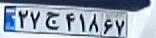
۲۷ج۴۱۸۶۷